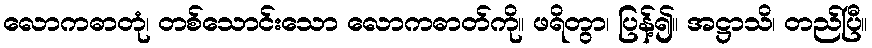
လောကဓာတုံ၊ တစ်သောင်းသော လောကဓာတ်ကို။ ဖရိတွာ၊ ပြန့်၍။ အဋ္ဌာသိ၊ တည်ပြီ။